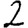
Digit: 2